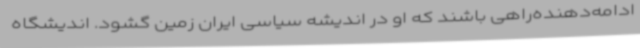
ادامه‌دهنده‌راهی باشند که او در اندیشه سیاسی ایران زمین گشود. اندیشگاه